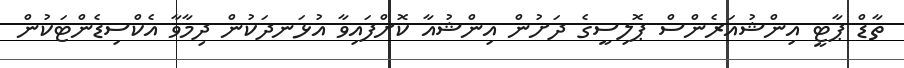
ތާޑް ޕާޓީ އިންޝުއަރެންސް ޕޮލިސީގެ ދަށުން އިންޝުއާ ކޮށްފައިވާ އުޅަނދަކުން ދިމާވާ އެކްސިޑެންޓަކުން